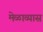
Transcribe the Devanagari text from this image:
मेळाव्यास